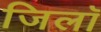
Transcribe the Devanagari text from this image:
जिलॉ